Vaccination North-Western Provinces and Oudh 1896-1901 - 1896-1901
Year: 1896
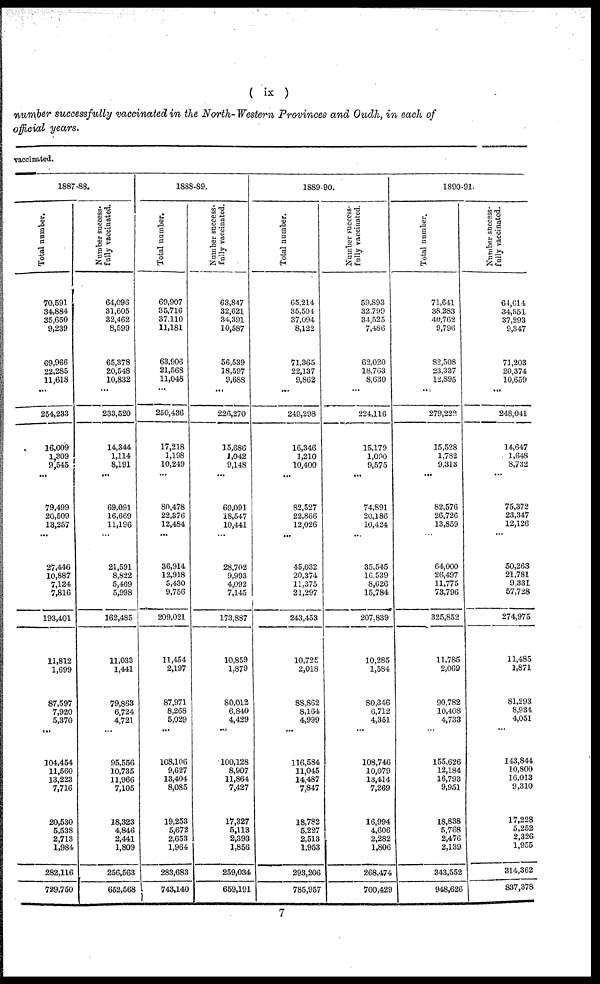
( ix )
number successfully vaccinated in the North-Western Provinces and Oudh, in each of
official years.
vaccinated.
1887-88.
Total number.
70,591
34,884
35,650
9,239
69,966
22,285
11,618
...
254,233
16,009
1,309
9,545
...
79,499
20,509
13,257
...
27,446
10,887
7,124
7,816
193,401
11,812
1,699
87,597
7,920
5,370
...
104,454
11,560
13,223
7,716
20,530
5,538
2,713
1,984
282,116
729,750
Number success-
fully vaccinated.
64,096
31,605
32,462
8,599
65,378
20,548
10,832
...
233,520
14,344
1,114
8,191
...
69,091
16,669
11,196
...
21,591
8,822
5,469
5,998
162,485
11,033
1,441
79,863
6,724
4,721
...
95,556
10,735
11,966
7,105
18,323
4,846
2,441
1,809
256,563
652,568
1888-89.
Total number.
69,907
35,716
37,110
11,181
63,906
21,568
11,048
...
250,436
17,218
1,198
10,249
...
80,478
22,376
12,484
...
36,914
12,918
5,430
9,756
209,021
11,454
2,197
87,971
8,268
5,029
...
108,106
9,627
13,404
8,085
19,253
5,672
2,653
1,964
283,683
743,140
Number success-
fully vaccinated.
63,847
32,621
34,391
10,587
56,539
18,597
9,688
...
226,270
15,686
1,042
9,148
...
69,091
18,547
10,441
...
28,702
9,993
4,092
7,145
173,887
10,859
1,879
80,012
6,840
4,429
...
100,128
8,907
11,864
7,427
17,327
5,113
2,393
1,856
259,034
659,191
1889-90.
Total number.
65,214
35,504
37,094
8,122
71,365
22,137
9,862
...
249,298
16,346
1,210
10,400
...
82,527
22,866
12,026
...
45,032
20,374
11,375
21,297
243,453
10,725
2,018
88,862
8,164
4,999
...
116,584
11,045
14,487
7,847
18,782
5,227
2,513
1,953
293,206
785,957
Number success-
fully vaccinated.
59,893
32,799
34,525
7,486
62,020
18,763
8,630
...
224,116
15,179
1,090
9,575
...
74,891
20,186
10,424
...
35,545
16,539
8,626
15,784
207,839
10,285
1,584
80,346
6,712
4,351
...
108,746
10,079
13,414
7,269
16,994
4,606
2,282
1,806
268,474
700,429
1890-91.
Total number.
71,641
38,283
40,762
9,796
82,508
23,337
12,895
...
279,222
15,528
1,782
9,313
...
82,576
26,726
13,859
...
64,000
26,497
11,775
73,796
325,852
11,785
2,069
90,782
10,408
4,733
...
155,626
12,184
16,793
9,951
18,838
5,768
2,476
2,139
343,552
948,626
Number success-
fully vaccinated.
64,614
34,551
37,293
9,347
71,203
20,374
10,659
...
248,041
14,647
1,648
8,732
...
75,372
23,347
12,126
...
50,263
21,781
9,331
57,728
274,975
11,485
1,871
81,293
8,934
4,051
...
143,844
10,800
16,013
9,310
17,228
5,252
2,326
1,955
314,362
837,378
7